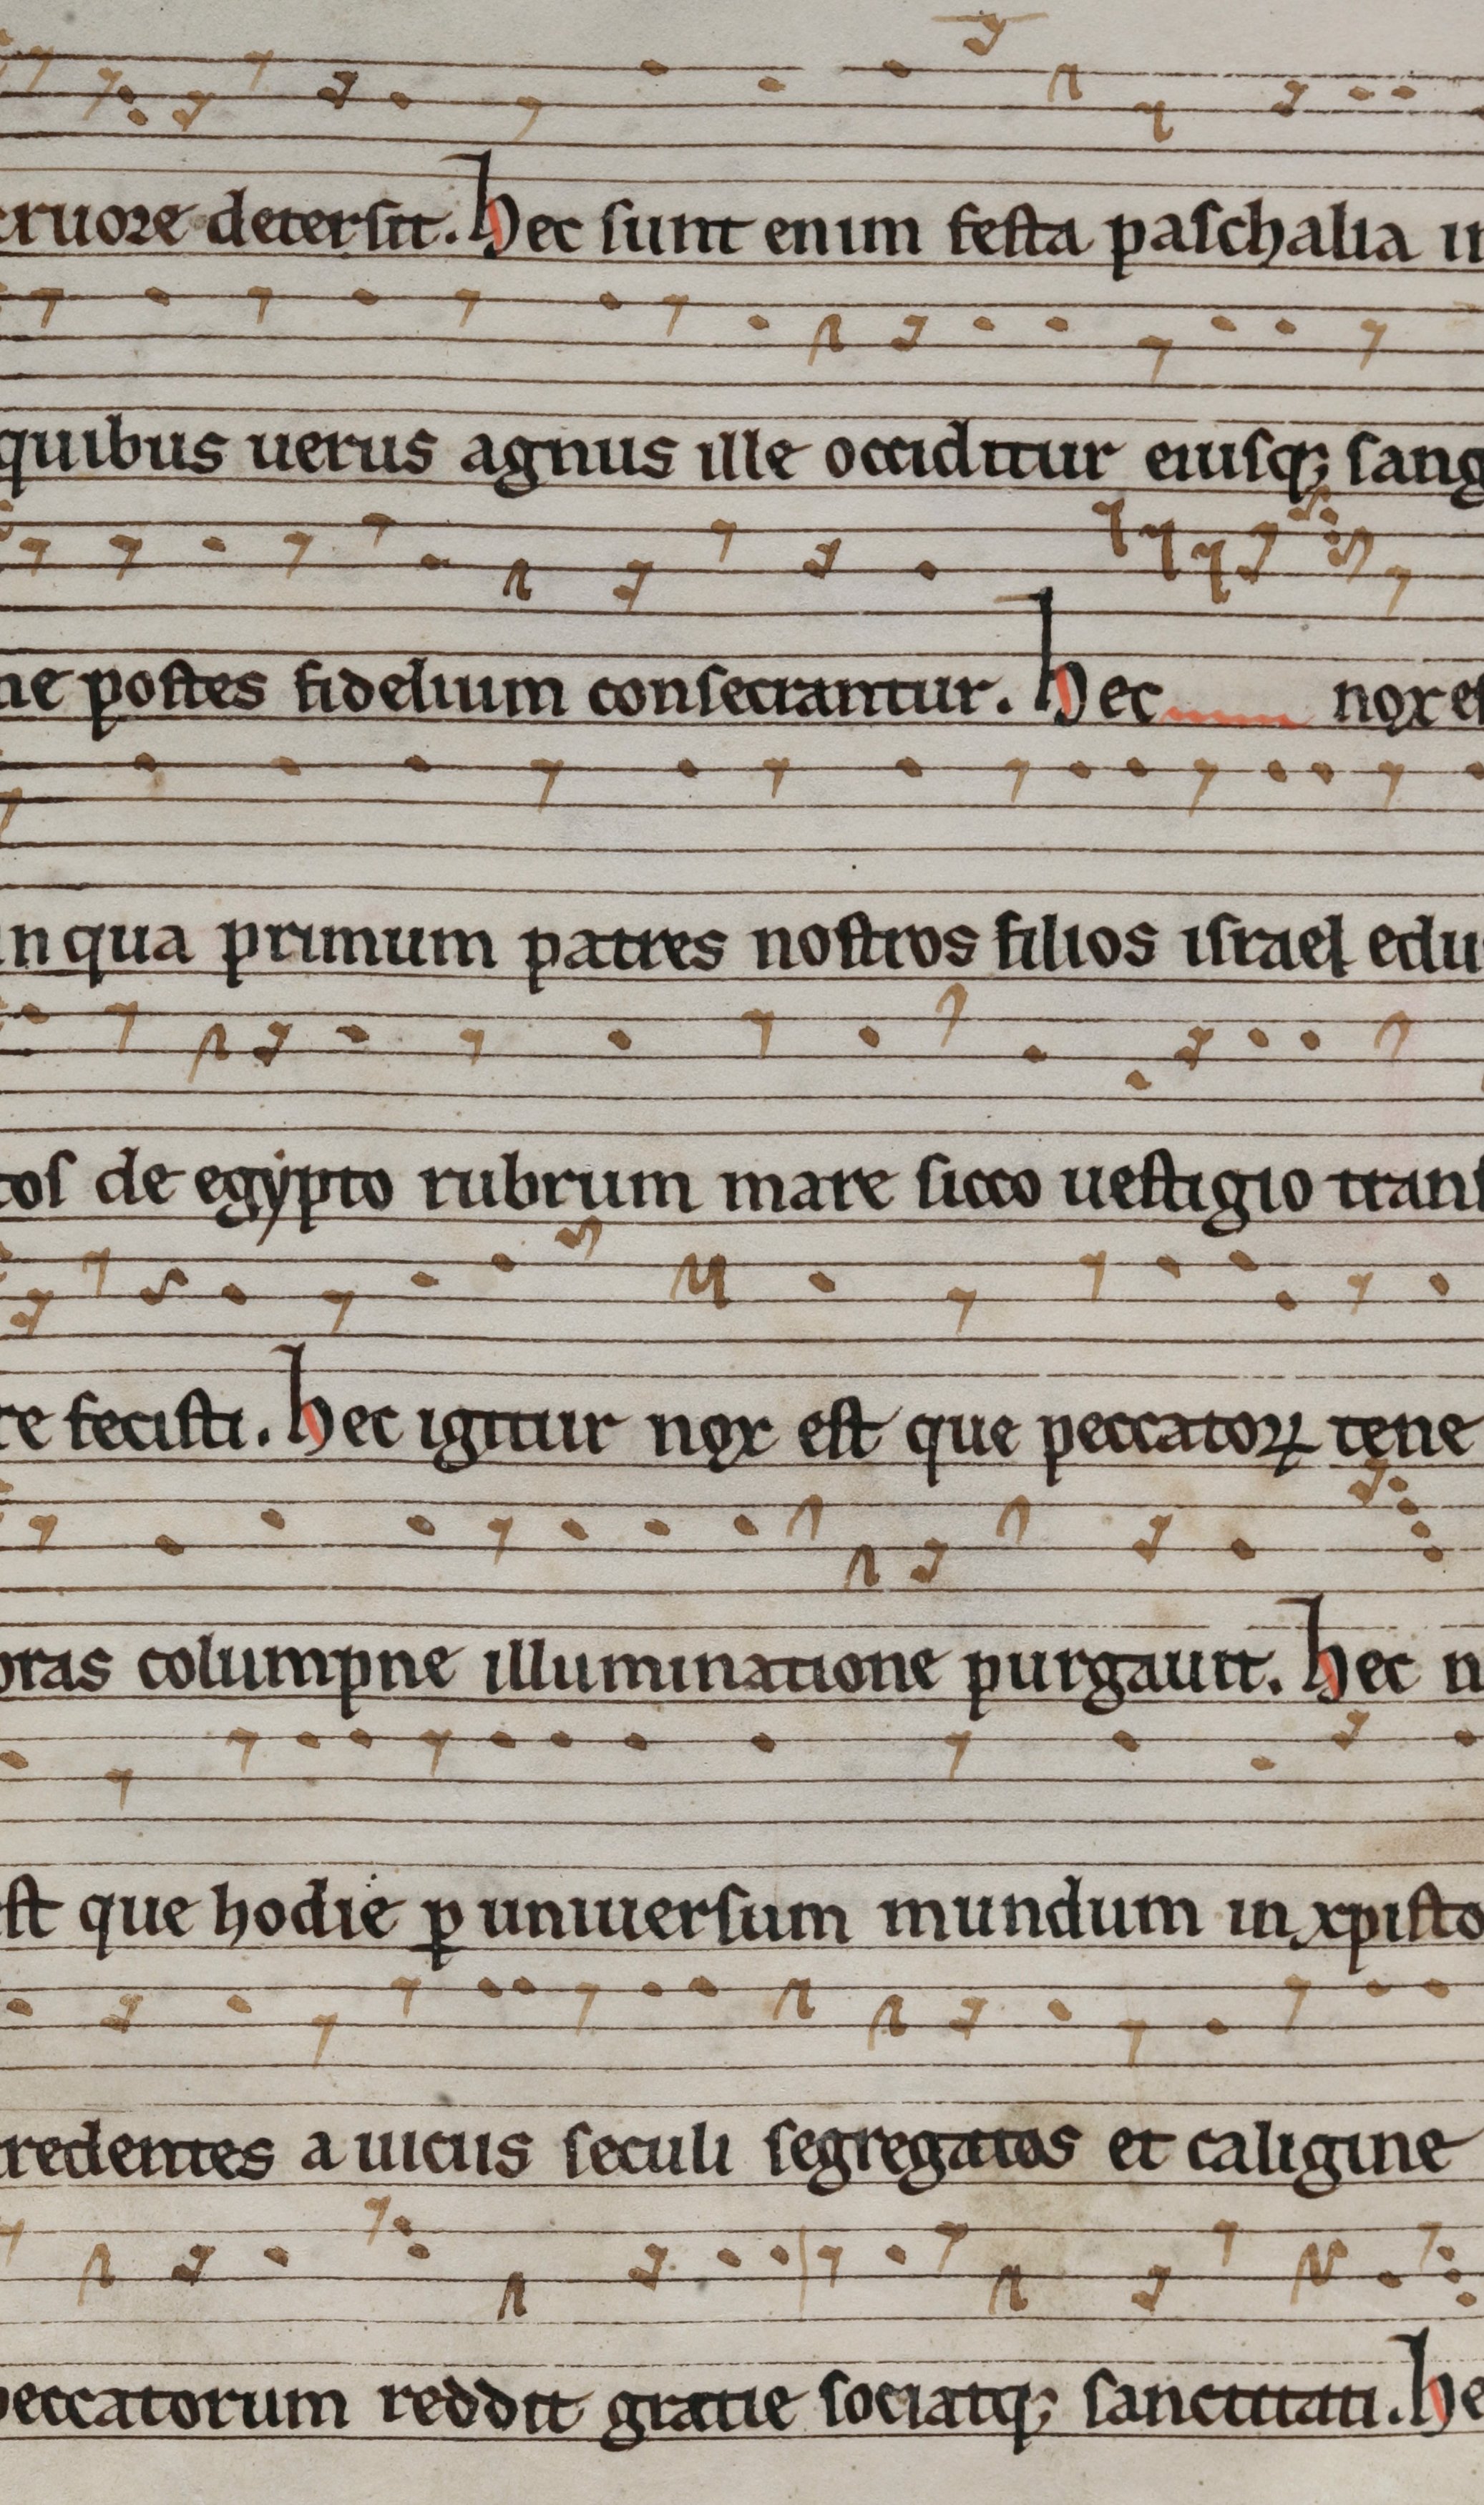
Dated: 1290–1309